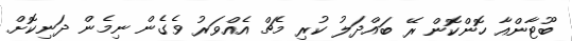
ބޫޓާންއާ ހޮންކޮން ރޭ ބައްދަލު ކުރި މެޗް އެއްވަރު ވެގެން ނިމެން ދަނިކޮށް